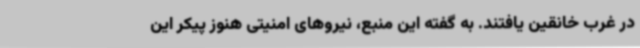
در غرب خانقین یافتند. به گفته این منبع، نیروهای امنیتی هنوز پیکر این